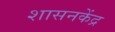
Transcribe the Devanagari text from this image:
शासनकेंद्र